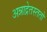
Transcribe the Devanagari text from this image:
अन्नाद्रेतस्ततो